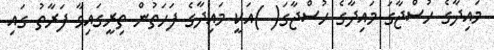
މައިދާގެ ހުސްޖާގަ މައިދާގެ ހުސްޖާގަ( )އަކީ މައިދާގެ ފަހަތުން ތިރީގައިވާ ފަރާތު ގައި